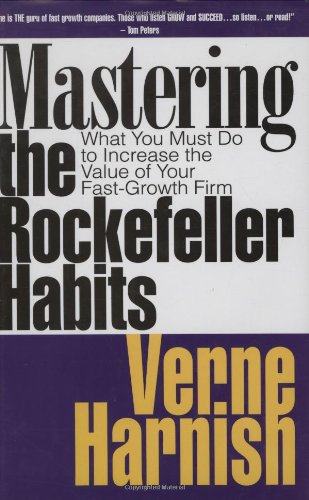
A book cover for Mastering the Rockefeller Habits: What You Must Do to Increase the Value of Your Growing Firm; Verne Harnish; Business & Money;